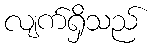
လျက်ရှိသည်